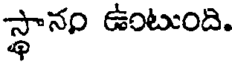
స్థానం ఉంటుంది.